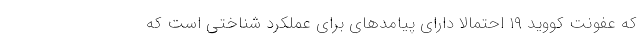
که عفونت کووید ۱۹ احتمالاً دارای پیامدهای برای عملکرد شناختی است که